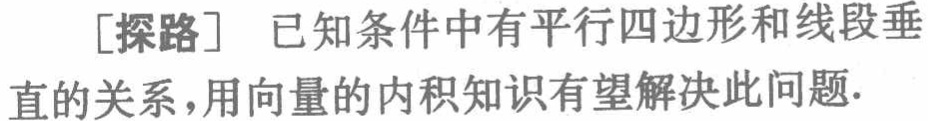
[探路] 已知条件中有平行四边形和线段垂直的关系，用向量的内积知识有望解决此问题.